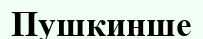
Пушкинше